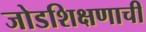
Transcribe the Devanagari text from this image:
जोडशिक्षणाची